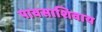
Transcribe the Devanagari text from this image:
पावसाशिवाय